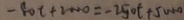
- 8 0 t + 2 0 0 0 = - 2 5 0 t + 5 0 0 0